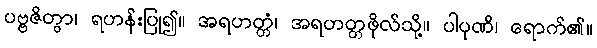
ပဗ္ဗဇိတွာ၊ ရဟန်းပြု၍။ အရဟတ္တံ၊ အရဟတ္တဖိုလ်သို့။ ပါပုဏိ၊ ရောက်၏။